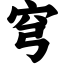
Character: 穹